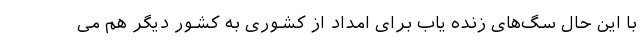
با این حال سگ‌های زنده یاب برای امداد از کشوری به کشور دیگر هم می